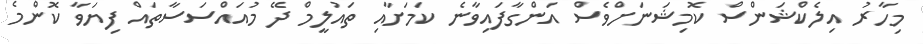
މިހާރު އިލެކްޝަންސް ކޮމިޝަނަށްވެސް އަންގާފައިވާނެ ކަމަށާއި ތައުލީމް ދޭ މުއައްސަސާތައް ފިޔަވާ ކޮންމެ